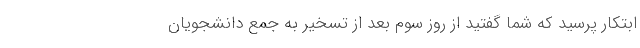
ابتکار پرسید که شما گفتید از روز سوم بعد از تسخیر به جمع دانشجویان